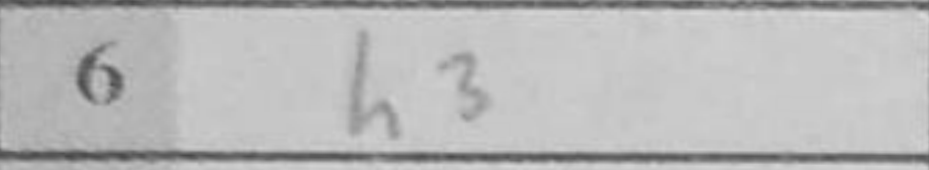
Transcription: h3